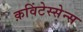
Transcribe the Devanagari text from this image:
क़विंटेस्सेन्स